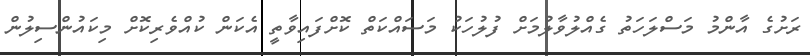
ރަށުގެ އާންމު މަސްލަހަތު ގެއްލުވާލުމަށް ފުލުހަކު މަސައްކަތް ކޮށްފައިވާތީ އެކަން ކުއްވެރިކޮށް މިކައުންސިލުން